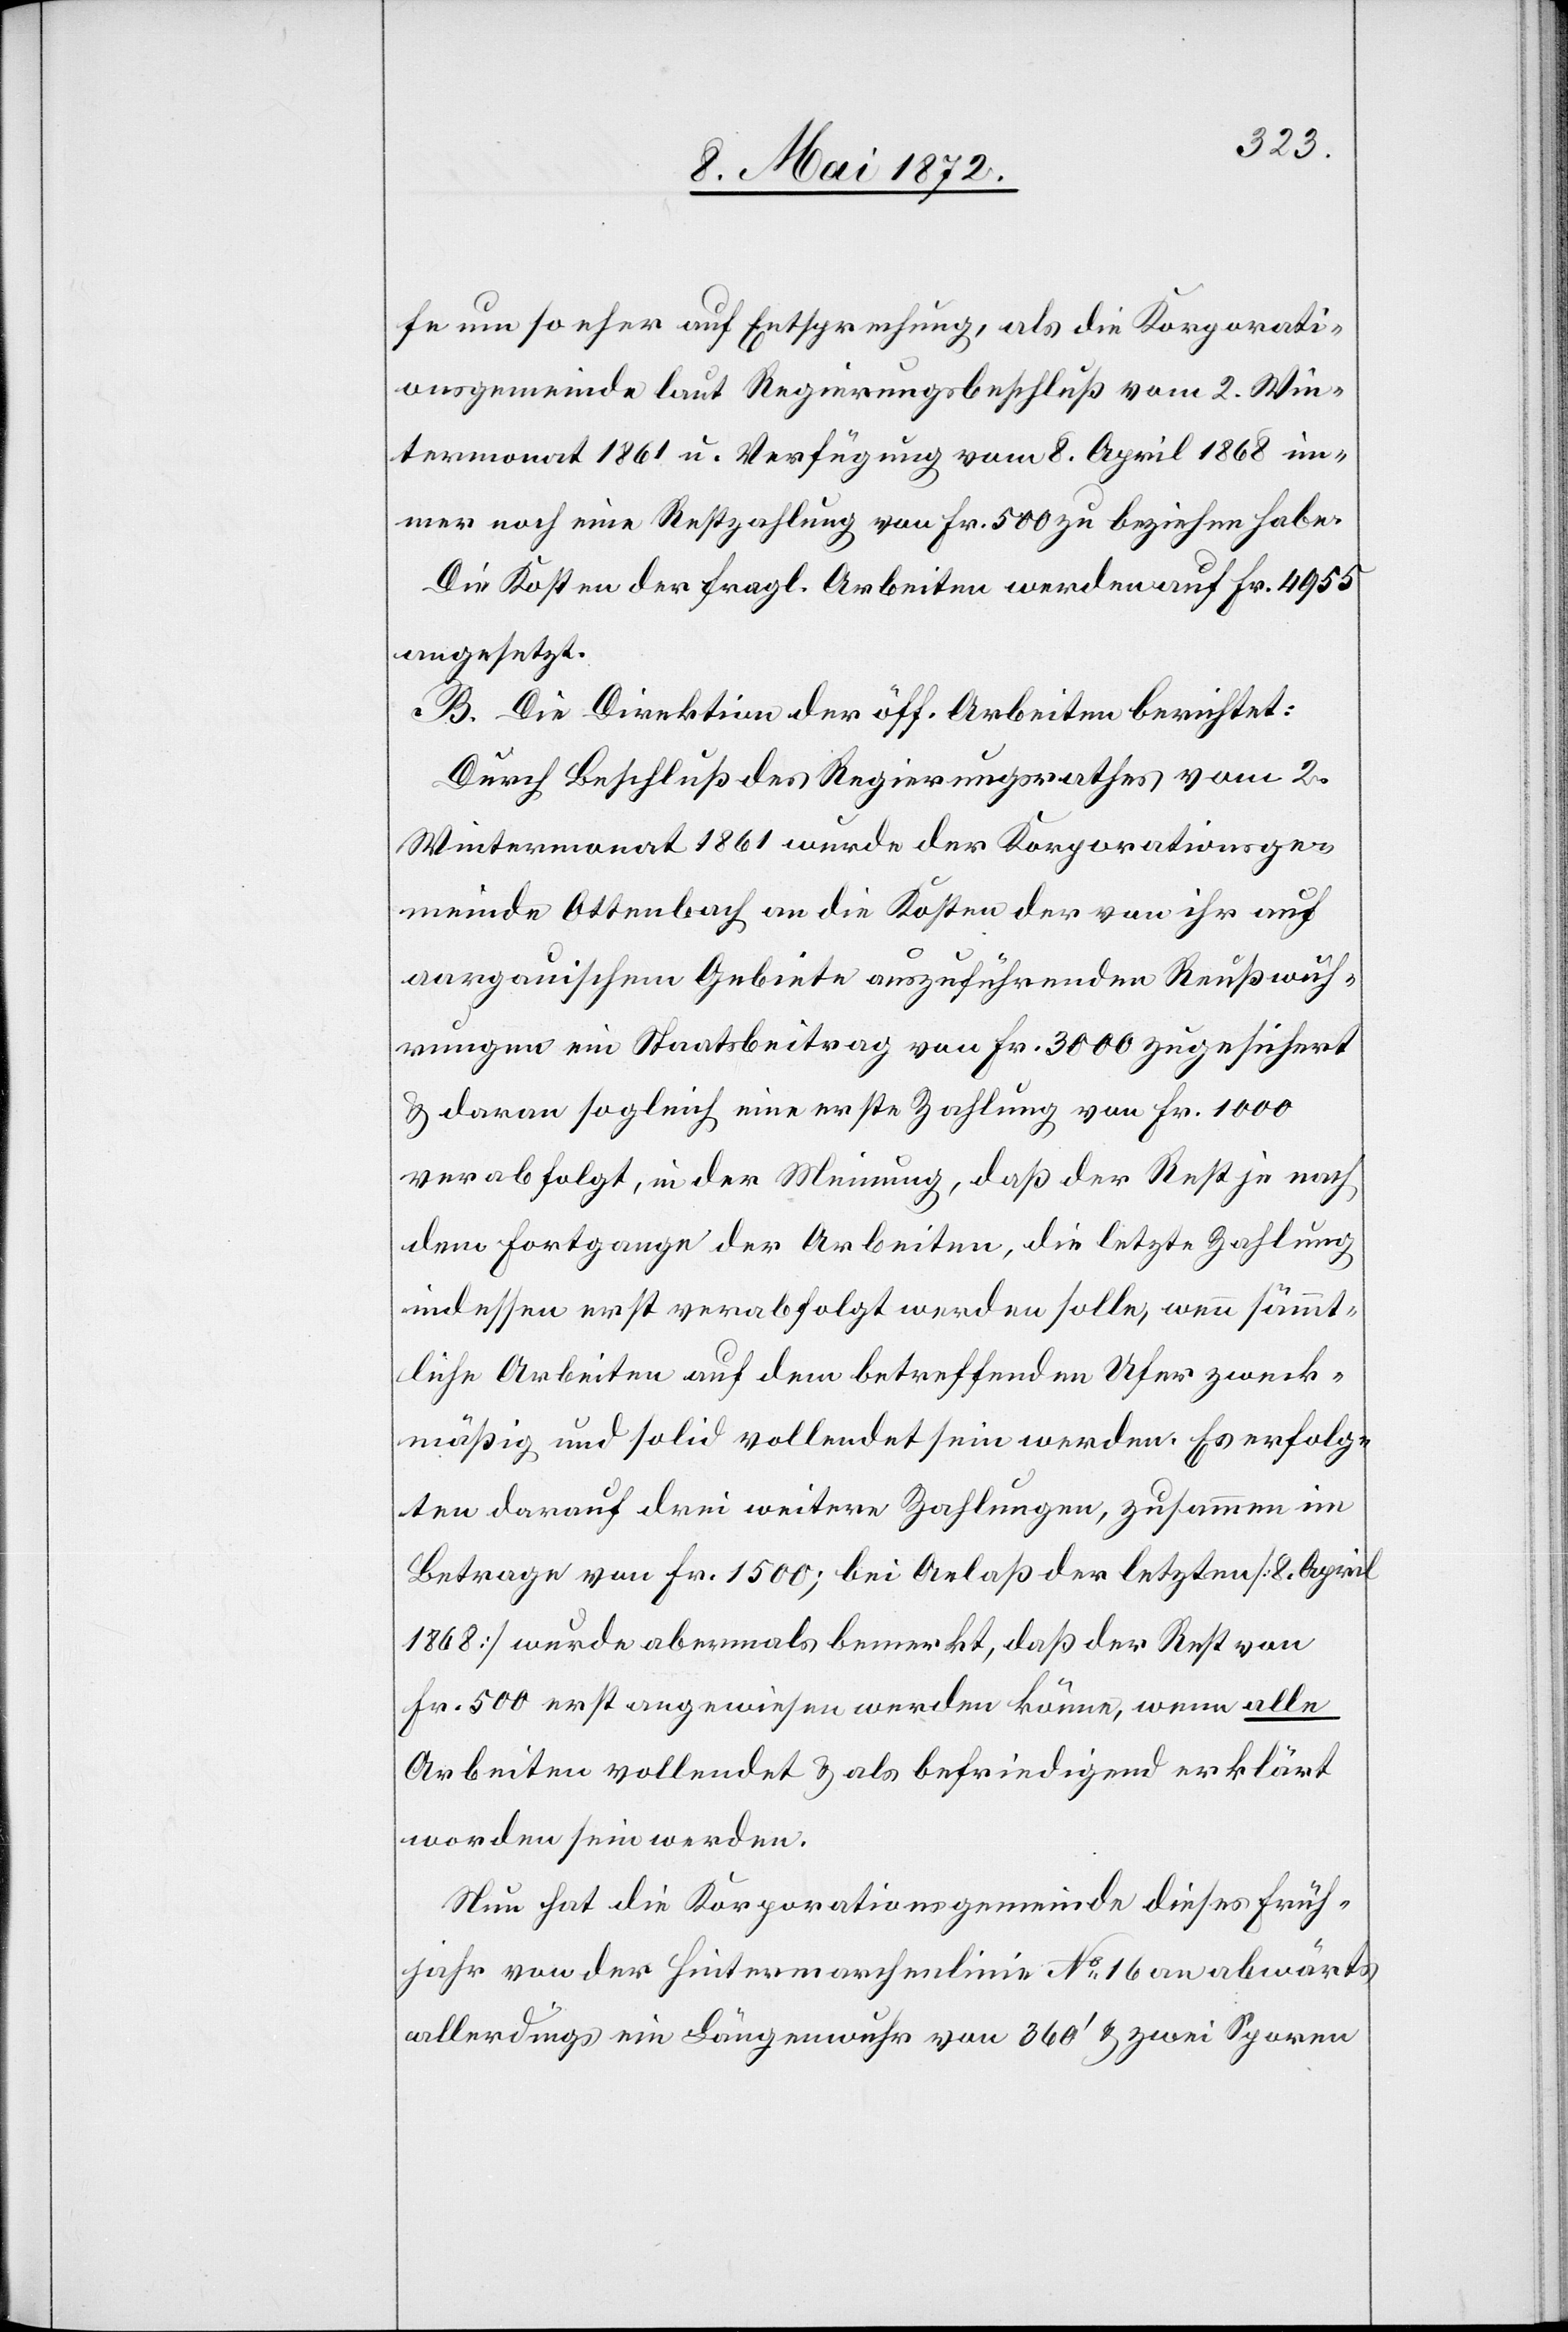
fe um so eher auf Entsprechung, als die Korporati¬
onsgemeinde laut Regierungsbeschluß vom 2. Win¬
termonat 1861 u. Verfügung vom 8. April 1868 im¬
mer noch eine Restzahlung von Fr. 500 zu beziehen habe.
Die Kosten der fragl. Arbeiten werden auf Fr. 4955
angesetzt.
B. Die Direktion der öff. Arbeiten berichtet:
Durch Beschluß des Regierungsrathes vom 2.
Wintermonat 1861 wurde der Korporationsge¬
meinde Ottenbach an die Kosten der von ihr auf
aargauischem Gebiete auszuführenden Reußwuh¬
rungen ein Staatsbeitrag von Fr. 3000 zugesichert
u. daran sogleich eine erste Zahlung von Fr. 1000
verabfolgt, in der Meinung, daß der Rest je nach
dem Fortgange der Arbeiten, die letzte Zahlung
indessen erst verabfolgt werden solle, wenn sämmt¬
liche Arbeiten auf dem betreffenden Ufer zweck¬
mäßig und solid vollendet sein werden. Es erfolg¬
ten darauf drei weitere Zahlungen, zusammen im
Betrage von Fr. 1500; bei Anlaß der letzten [8. April
1868] werde abermals bemerkt, daß der Rest von
Fr. 500 erst angewiesen werden könne, wenn alle
Arbeiten vollendet u. als befriedigend erklärt
worden sein werden.
Nun hat die Korporationsgemeinde dieses Früh¬
jahr von der Hintermarchenlinie No 16 an abwärts
allerdings ein Längenwuhr von 360’ u. zwei Sporen